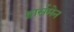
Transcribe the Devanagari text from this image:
हार्समेन